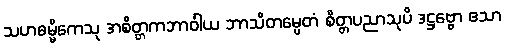
သဟဓမ္မိကေသု အစိတ္တကဘာဝါယ ဘာသိတမ္ပေတံ စိတ္တပညာသုပိ ဒဋ္ဌဗ္ဗော ဧသာ